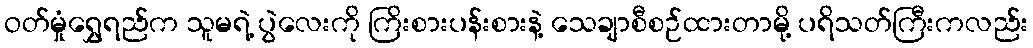
ဝတ်မှုံရွှေရည်က သူမရဲ့ ပွဲလေးကို ကြိးစားပန်းစားနဲ့ သေချာစီစဉ်ထားတာမို့ ပရိသတ်ကြီးကလည်း